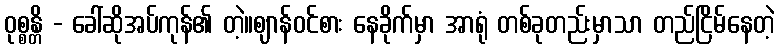
ဝုစ္စန္တိ - ခေါ်ဆိုအပ်ကုန်၏ တဲ့။ဈာန်ဝင်စား နေခိုက်မှာ အာရုံ တစ်ခုတည်းမှာသာ တည်ငြိမ်နေတဲ့